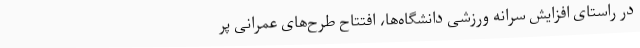
در راستای افزایش سرانه ورزشی دانشگاه‌ها، افتتاح طرح‌های عمرانی پر